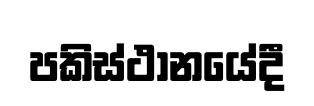
පකිස්ථානයේදී